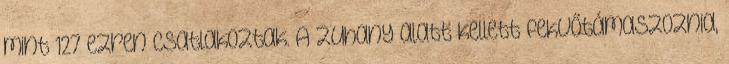
mint 127 ezren csatlakoztak. A zuhany alatt kellett fekvőtámaszoznia,